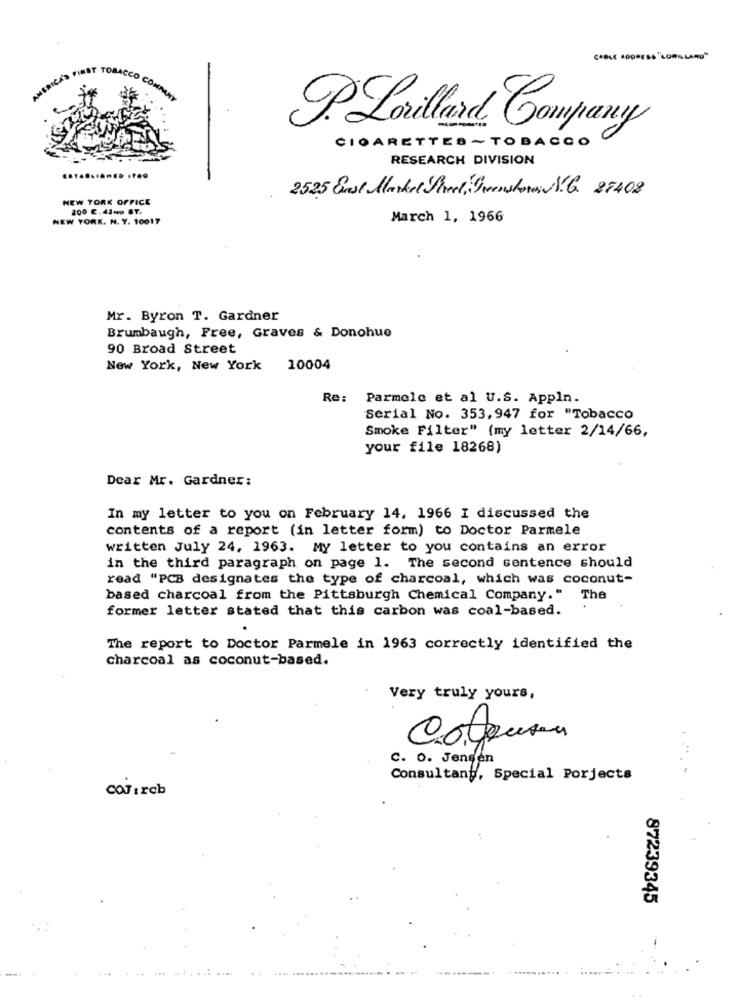
.Lorillard Company
CIGARETTES ~ TOBACCO
RESEARCH DIVISION
2525 Erst Market Street, Greenshoras N.G. 27408
NEW YORK OFFICE
200 C.42No ST.
NEW YORK. N. Y. 10017
March 1, 1966
Mr. Byron T. Gardner
Brumbaugh, Free, Graves & Donohue
90 Broad Street
New York, New York 10004
Re:
Parmele et al U.S. Appln.
Serial No. 353,947 for "Tobacco
Smoke Filter" (my letter 2/14/66,
your file 18268)
Dear Mr. Gardner:
In my letter to you on February 14, 1966 I discussed the
contents of a report (in letter form) to Doctor Parmele
written July 24, 1963. MY letter to you contains an error
in the third paragraph on page 1. The second sentence should
read "PCB designates the type of charcoal, which was coconut-
based charcoal from the Pittsburgh Chemical Company." The
former letter stated that this carbon was coal-based.
The report to Doctor Parmele in 1963 correctly identified the
charcoal as coconut-based.
Very truly yours,
C. O. Jensen
Consultany, Special Porjects
. .
COJircb
87239345
.......